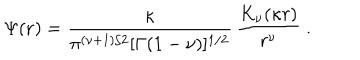
\Psi ( { \bf r } ) = \frac { \kappa } { \pi ^ { ( \nu + 1 ) / 2 } [ \Gamma ( 1 - \nu ) ] ^ { 1 / 2 } } \, \frac { K _ { \nu } ( \kappa r ) } { r ^ { \nu } } \; .